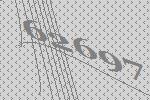
62697